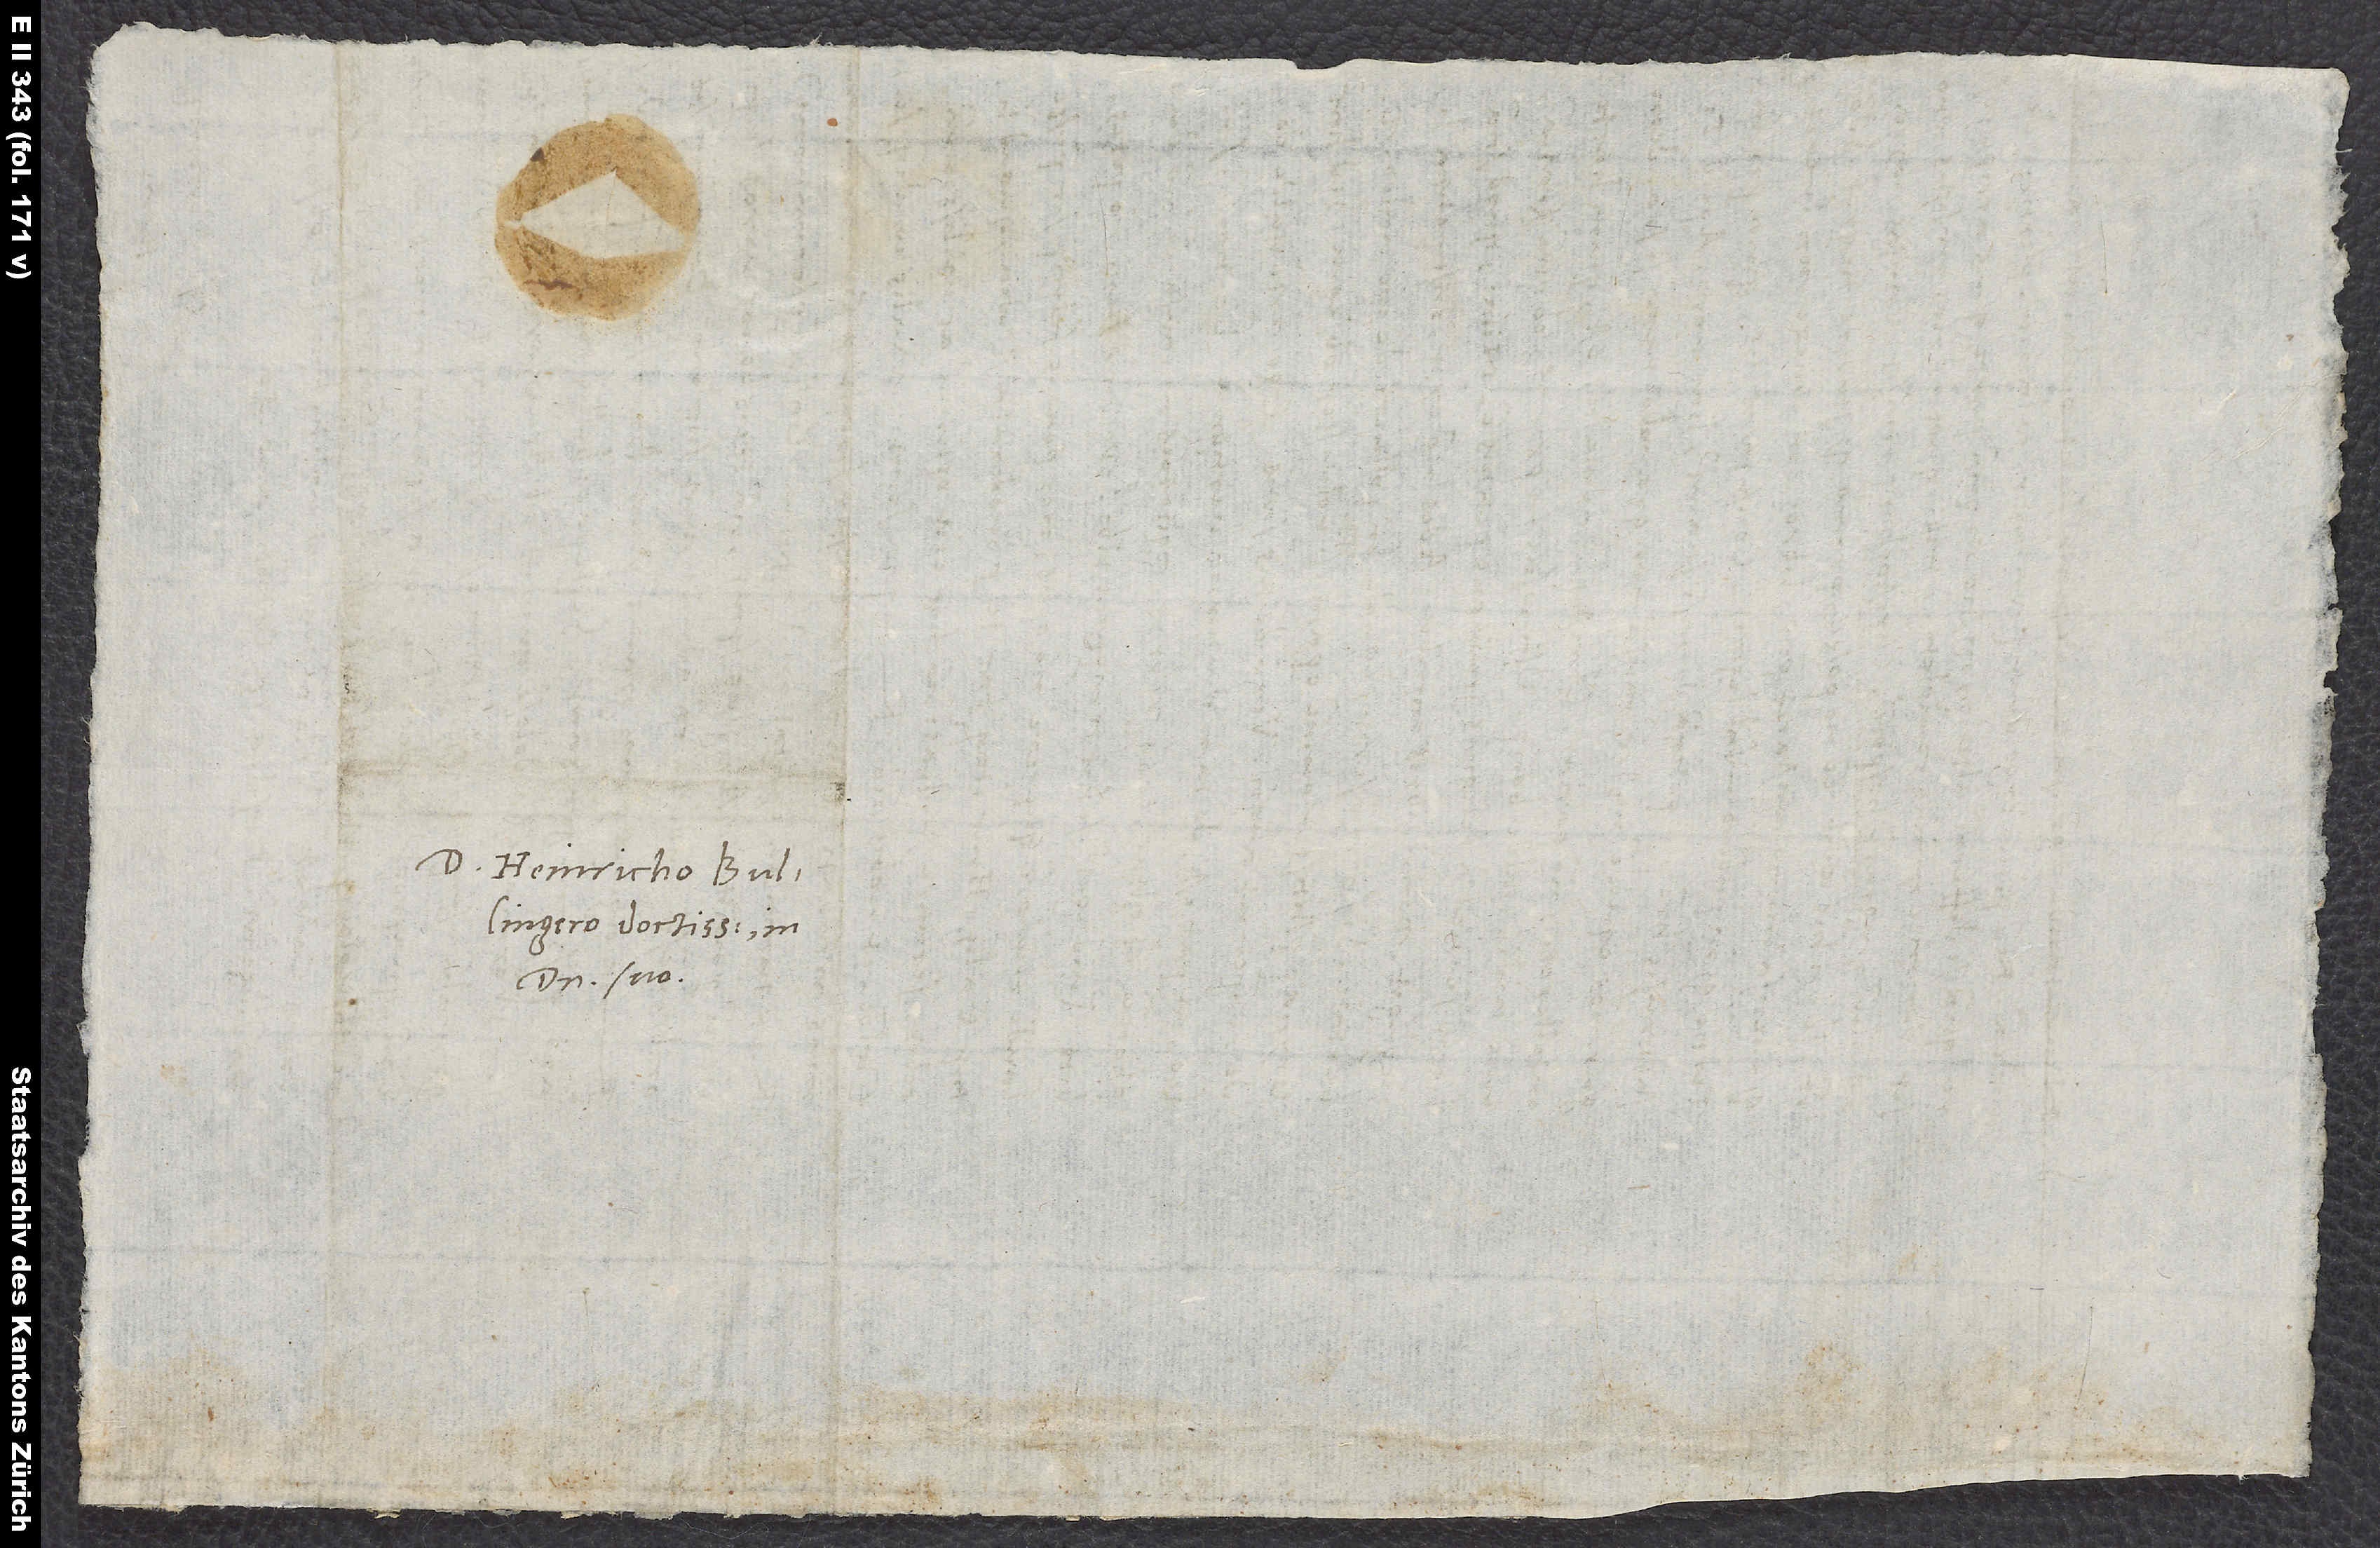
D.
S.

Domino Heinricho Bullingero
domino suo.